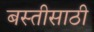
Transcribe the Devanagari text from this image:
बस्तीसाठी